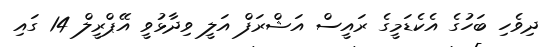
ދިވެހި ބަހުގެ އެކެޑަމީގެ ރައީސް އަޝްރަފް އަލީ ވިދާޅުވީ އޭޕްރީލް 14 ގައި